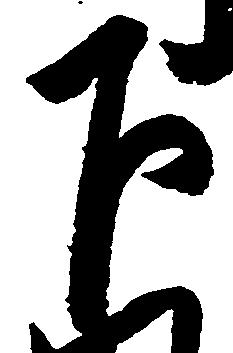
下